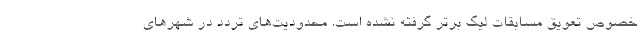
خصوص تعویق مسابقات لیگ برتر گرفته نشده است. محدودیت‌های تردد در شهرهای